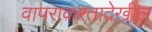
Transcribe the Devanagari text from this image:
वापराकरतादेखील